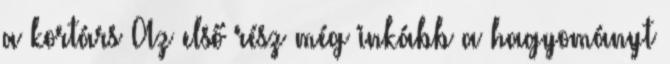
a kortárs Az első rész még inkább a hagyományt